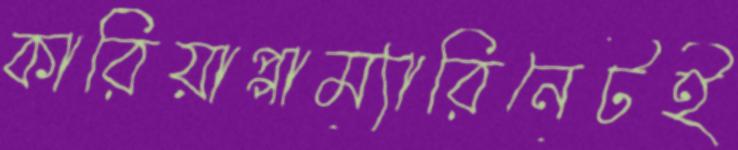
কারিয়াপ্পাম্যারিনেটই